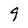
Character: 9